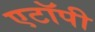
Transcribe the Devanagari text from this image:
एटॉपी